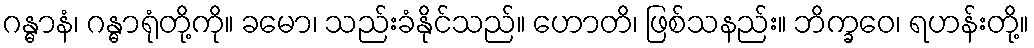
ဂန္ဓာနံ၊ ဂန္ဓာရုံတို့ကို။ ခမော၊ သည်းခံနိုင်သည်။ ဟောတိ၊ ဖြစ်သနည်း။ ဘိက္ခဝေ၊ ရဟန်းတို့။